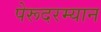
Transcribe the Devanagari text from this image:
पेरूदरम्यान